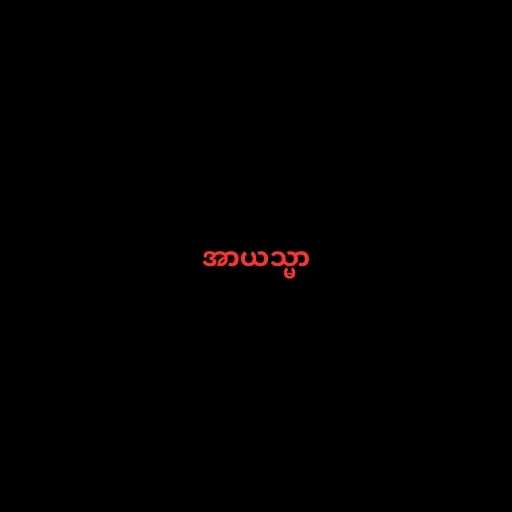
အာယသ္မာ